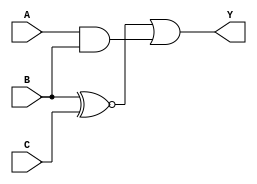
module combinational_logic (
    input wire A,
    input wire B,
    input wire C,
    output wire Y
);

// Define the logic function with don't care conditions
// Let's assume the following truth table:
// A B C | Y
// 0 0 0 | 0
// 0 0 1 | 1
// 0 1 0 | 1
// 0 1 1 | X  (Don't Care)
// 1 0 0 | 0
// 1 0 1 | X  (Don't Care)
// 1 1 0 | 1
// 1 1 1 | 0

// From the truth table, we can derive the simplified logic expression
// The don't care conditions allow us to simplify the expression
// The simplified expression is: Y = B'C + AB

assign Y = (B ~^ C) | (A & B);

endmodule